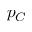
p _ { C }